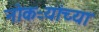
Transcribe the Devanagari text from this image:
नोकऱ्यांच्या